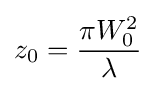
z_{0}={\frac {\pi W_{0}^{2}}{\lambda }}